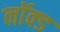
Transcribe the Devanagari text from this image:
नॉक्ड